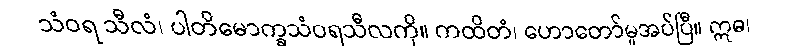
သံဝရ သီလံ၊ ပါတိမောက္ခသံဝရသီလကို။ ကထိတံ၊ ဟောတော်မူအပ်ပြီ။ ဣဓ၊